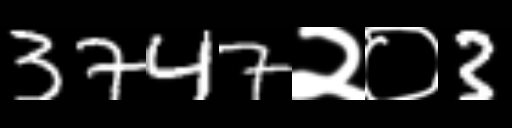
Text: 3747२०3